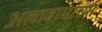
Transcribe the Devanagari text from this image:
अलाबामाच्या